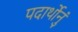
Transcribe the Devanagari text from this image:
पदार्थोनुं